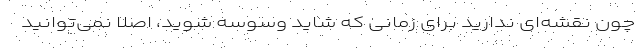
چون نقشه‌ای ندارید برای زمانی که شاید وسوسه شوید، اصلاً نمی‌توانید